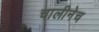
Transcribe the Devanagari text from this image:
चालीनेच